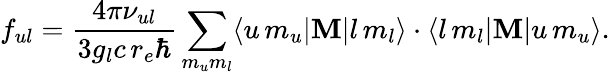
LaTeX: f_{ul}=\frac{4\pi\nu_{ul}}{3g_{l}c\, r_{e}\hbar}\sum_{m_{u}m_{l}}\langle u\, m_{u}|{\mathbf M}|l\, m_{l}\rangle\cdot\langle l\, m_{l}|{\mathbf M}|u\, m_{u}\rangle.